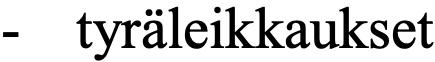
-  tyräleikkaukset